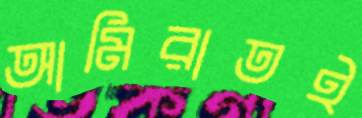
আমিরাতই